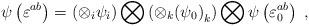
LaTeX: \begin{align*}\psi\left(\varepsilon^{ab}\right)=\left(\otimes_i\psi_i\right)\bigotimes\left(\otimes_k{\left(\psi_0\right)}_k\right)\bigotimes\psi\left(\varepsilon^{ab}_0\right)\;,\end{align*}